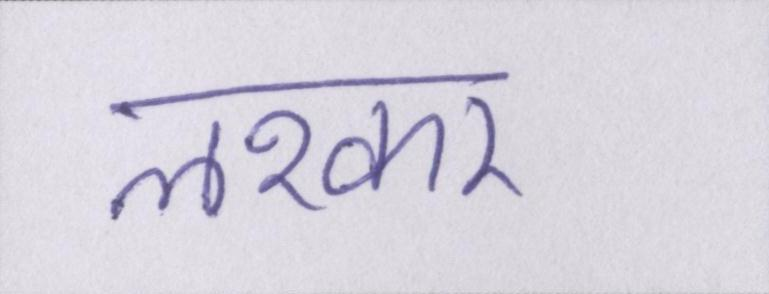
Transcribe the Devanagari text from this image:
लश्कर